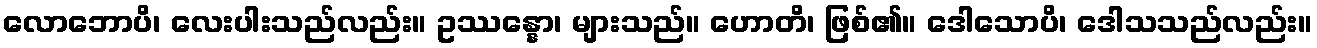
လောဘောပိ၊ လေးပါးသည်လည်း။ ဥဿန္နော၊ များသည်။ ဟောတိ၊ ဖြစ်၏။ ဒေါသောပိ၊ ဒေါသသည်လည်း။